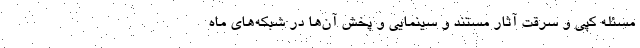
مسئله کپی و سرقت آثار مستند و سینمایی و پخش آن‌ها در شبکه‌های ماه